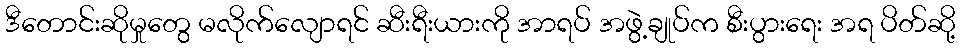
ဒီတောင်းဆိုမှုတွေ မလိုက်လျောရင် ဆီးရီးယားကို အာရပ် အဖွဲ့ချုပ်က စီးပွားရေး အရ ပိတ်ဆို့